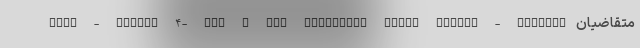
core - CSharp 4- Web & App Developer React native - Flutter متقاضیان